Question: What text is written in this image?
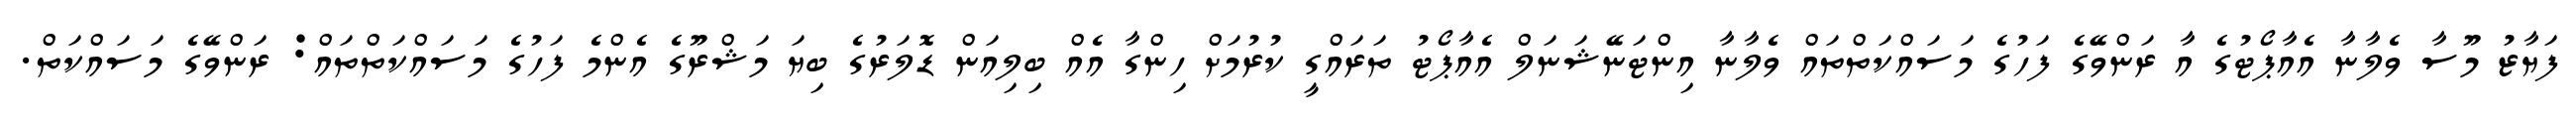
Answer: ފަޔާޒު މޫސާ ވެލާނާ އެއާޕޯޓުގެ އާ ރަންވޭގެ ފަހުގެ މަސައްކަތްތައް ވެލާނާ އިންޓަނޭޝަނަލް އެއާޕޯޓު ތަރައްގީ ކުރުމަށް ހިންގާ އެއް ބިލިއަން ޑޮލަރުގެ ބިޔަ މަޝްރޫގެ އެންމެ ފަހުގެ މަސައްކަތްތައް: ރަންވޭގެ މަސައްކަތް.